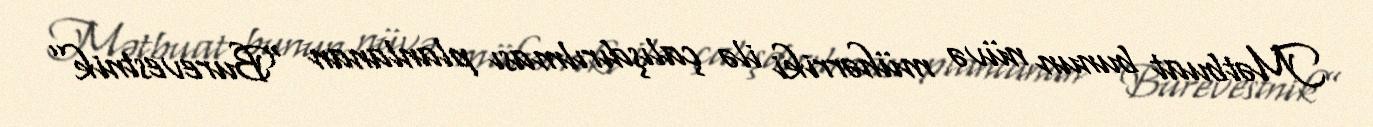
Mətbuat bunun nüvə mühərriki ilə çalışdırılması planlanan “Burevestnik”